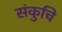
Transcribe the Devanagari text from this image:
संकुचि